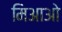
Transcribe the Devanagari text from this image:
मिआओ